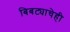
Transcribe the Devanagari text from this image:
बिबट्याचेही